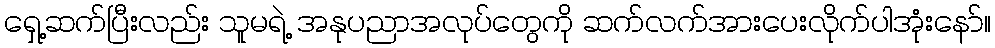
ရှေ့ဆက်ပြီးလည်း သူမရဲ့ အနုပညာအလုပ်တွေကို ဆက်လက်အားပေးလိုက်ပါအုံးနော်။